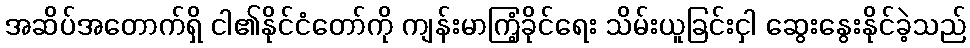
အဆိပ်အတောက်ရှိ ငါ၏နိုင်ငံတော်ကို ကျန်းမာကြံ့ခိုင်ရေး သိမ်းယူခြင်းငှါ ဆွေးနွေးနိုင်ခဲ့သည်